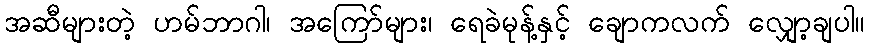
အဆီများတဲ့ ဟမ်ဘာဂါ၊ အကြော်များ၊ ရေခဲမုန့်နှင့် ချောကလက် လျှော့ချပါ။